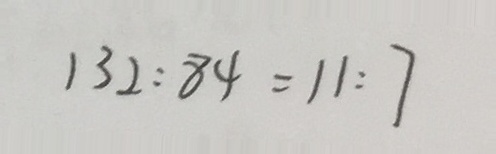
1 3 2 : 8 4 = 1 1 : 7